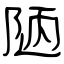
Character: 陋